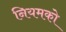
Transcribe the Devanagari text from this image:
नियमको